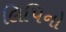
લિપિનો